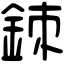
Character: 𨦉